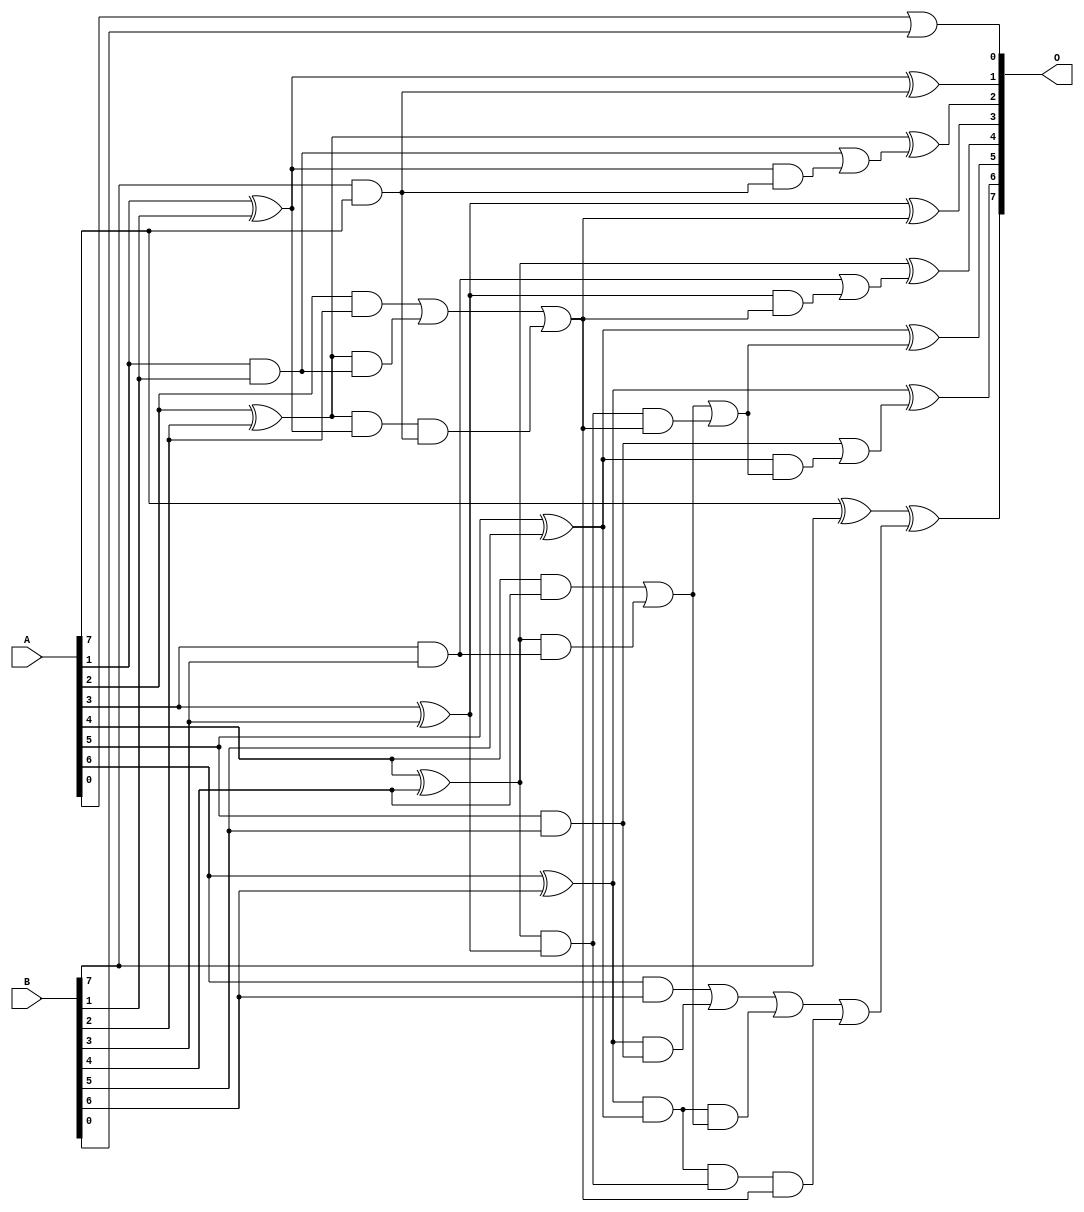
/***
* This code is a part of EvoApproxLib library (ehw.fit.vutbr.cz/approxlib) distributed under The MIT License.
* When used, please cite the following article(s): V. Mrazek, L. Sekanina, Z. Vasicek "Libraries of Approximate Circuits: Automated Design and Application in CNN Accelerators" IEEE Journal on Emerging and Selected Topics in Circuits and Systems, Vol 10, No 4, 2020 
* This file contains a circuit from a sub-set of pareto optimal circuits with respect to the pwr and mre parameters
***/
// MAE% = 0.39 %
// MAE = 0.5 
// WCE% = 1.56 %
// WCE = 2.0 
// WCRE% = 66.67 %
// EP% = 37.30 %
// MRE% = 1.48 %
// MSE = 0.7 
// PDK45_PWR = 0.032 mW
// PDK45_AREA = 67.1 um2
// PDK45_DELAY = 0.60 ns

module add8s_6FR (
    A,
    B,
    O
);

input [7:0] A;
input [7:0] B;
output [7:0] O;

wire sig_16,sig_17,sig_18,sig_19,sig_20,sig_21,sig_22,sig_23,sig_24,sig_25,sig_26,sig_27,sig_28,sig_29,sig_30,sig_31,sig_32,sig_33,sig_34,sig_35;
wire sig_36,sig_37,sig_38,sig_39,sig_40,sig_41,sig_42,sig_43,sig_44,sig_45,sig_46,sig_47,sig_48,sig_49,sig_50,sig_51,sig_52,sig_53,sig_54,sig_55;
wire sig_56,sig_57,sig_58,sig_59,sig_60,sig_61;

assign sig_16 = B[7] & A[7];
assign sig_17 = A[0] | B[0];
assign sig_18 = A[1] & B[1];
assign sig_19 = A[1] ^ B[1];
assign sig_20 = A[2] & B[2];
assign sig_21 = A[2] ^ B[2];
assign sig_22 = A[3] & B[3];
assign sig_23 = A[3] ^ B[3];
assign sig_24 = A[4] & B[4];
assign sig_25 = A[4] ^ B[4];
assign sig_26 = A[5] & B[5];
assign sig_27 = A[5] ^ B[5];
assign sig_28 = A[6] & B[6];
assign sig_29 = A[6] ^ B[6];
assign sig_30 = A[7] ^ B[7];
assign sig_31 = sig_21 & sig_18;
assign sig_32 = sig_21 & sig_19;
assign sig_33 = sig_20 | sig_31;
assign sig_34 = sig_25 & sig_22;
assign sig_35 = sig_25 & sig_23;
assign sig_36 = sig_24 | sig_34;
assign sig_37 = sig_29 & sig_26;
assign sig_38 = sig_29 & sig_27;
assign sig_39 = sig_28 | sig_37;
assign sig_40 = sig_32 & sig_16;
assign sig_41 = sig_33 | sig_40;
assign sig_42 = sig_38 & sig_36;
assign sig_43 = sig_38 & sig_35;
assign sig_44 = sig_39 | sig_42;
assign sig_45 = sig_43 & sig_41;
assign sig_46 = sig_44 | sig_45;
assign sig_47 = sig_35 & sig_41;
assign sig_48 = sig_36 | sig_47;
assign sig_49 = sig_19 & sig_16;
assign sig_50 = sig_18 | sig_49;
assign sig_51 = sig_23 & sig_41;
assign sig_52 = sig_22 | sig_51;
assign sig_53 = sig_27 & sig_48;
assign sig_54 = sig_26 | sig_53;
assign sig_55 = sig_19 ^ sig_16;
assign sig_56 = sig_21 ^ sig_50;
assign sig_57 = sig_23 ^ sig_41;
assign sig_58 = sig_25 ^ sig_52;
assign sig_59 = sig_27 ^ sig_48;
assign sig_60 = sig_29 ^ sig_54;
assign sig_61 = sig_30 ^ sig_46;

assign O[7] = sig_61;
assign O[6] = sig_60;
assign O[5] = sig_59;
assign O[4] = sig_58;
assign O[3] = sig_57;
assign O[2] = sig_56;
assign O[1] = sig_55;
assign O[0] = sig_17;

endmodule